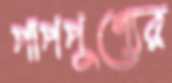
পাপপুণ্যের